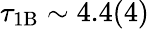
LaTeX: \tau_{\mathrm{1B}}\sim 4.4(4)